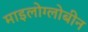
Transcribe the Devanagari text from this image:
माइलोग्लोबीन